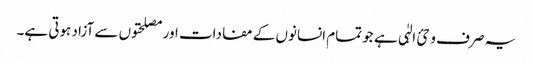
یہ صرف وحئ الہٰی ہے جو تمام انسانوں کے مفادات اور مصلحتوں سے آزاد ہوتی ہے۔